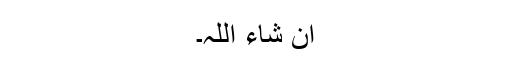
ان شاء اللہ۔